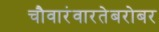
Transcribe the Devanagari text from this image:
चौवारंवारतेबरोबर